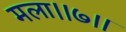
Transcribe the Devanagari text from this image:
मला।।७।।